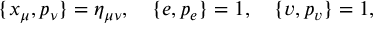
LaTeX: \{ x _ { \mu } , p _ { \nu } \} = \eta _ { \mu \nu } , \quad \{ e , p _ { e } \} = 1 , \quad \{ v , p _ { v } \} = 1 ,